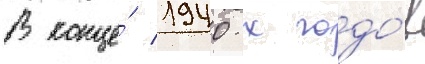
В конце́ 1940-х годо́в